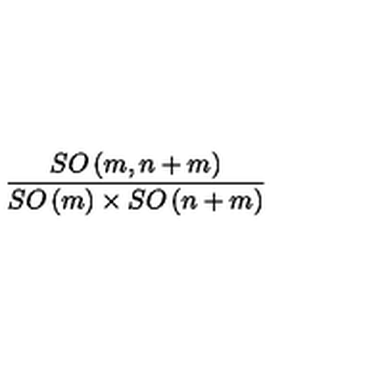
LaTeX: \frac { S O \left( m , n + m \right) } { S O \left( m \right) \times S O \left( n + m \right) }